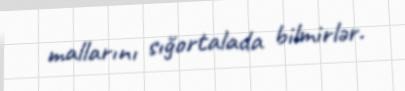
mallarını sığortalada bilmirlər.